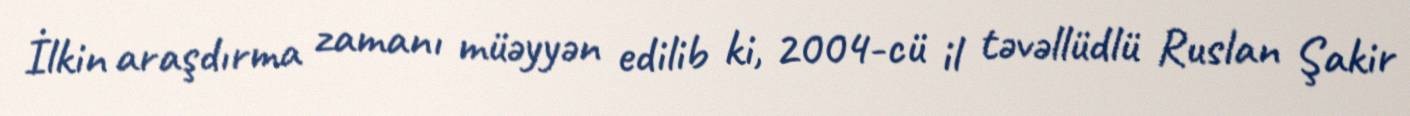
İlkin araşdırma zamanı müəyyən edilib ki, 2004-cü il təvəllüdlü Ruslan Şakir